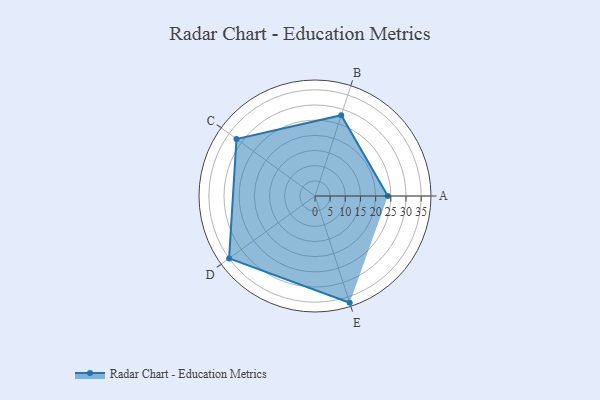
{"axis": {"x": "Skill", "y": "Score"}, "legend": ["Profile"], "data": [{"x": "A", "y": 24.0, "type": "Profile"}, {"x": "B", "y": 28.0, "type": "Profile"}, {"x": "C", "y": 32.0, "type": "Profile"}, {"x": "D", "y": 35.0, "type": "Profile"}, {"x": "E", "y": 37.0, "type": "Profile"}]}